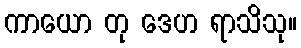
ကာယော တု ဒေဟ ရာသိသု။